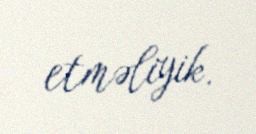
etməliyik.